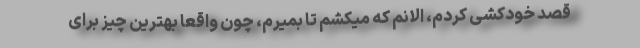
قصد خودکشی کردم، الانم که میکشم تا بمیرم، چون واقعا بهترین چیز برای